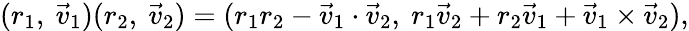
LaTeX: (r_{1},\ {\vec{v}}_{1})(r_{2},\ {\vec{v}}_{2})=(r_{1}r_{2}-{\vec{v}}_{1}\cdot{\vec{v}}_{2},\ r_{1}{\vec{v}}_{2}+r_{2}{\vec{v}}_{1}+{\vec{v}}_{1}\times{\vec{v}}_{2}),